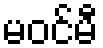
မဝင်မီ